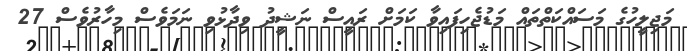
މަޖިލީހުގެ މަސައްކަތްތައް މަޑުޖެހިފައިވާ ކަމަށް ރައީސް ނަޝީދު ވިދާޅުވި ނަމަވެސް މިހާރުވެސް 27